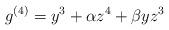
LaTeX: \begin{align*}g^{(4)} = y^3 + \alpha z^4 + \beta yz^3\end{align*}